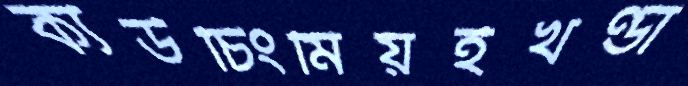
ক্যউচিংমিয়ইখণ্ডা